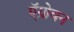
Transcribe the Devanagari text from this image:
ऍग्रोवन